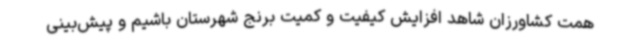
همت کشاورزان شاهد افزایش کیفیت و کمیت برنج شهرستان باشیم و پیش‌بینی